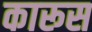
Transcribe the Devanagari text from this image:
कारूस